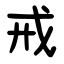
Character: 戒